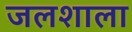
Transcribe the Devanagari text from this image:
जलशाला